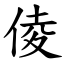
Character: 倰